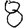
Digit: 8